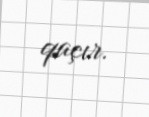
qaçır.